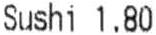
SUSHI 1.80